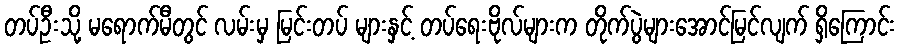
တပ်ဦးသို့ မရောက်မီတွင် လမ်းမှ မြင်းတပ် များနှင့် တပ်ရေးဗိုလ်များက တိုက်ပွဲများအောင်မြင်လျက် ရှိကြောင်း